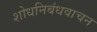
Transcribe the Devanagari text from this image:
शोधनिबंधवाचन